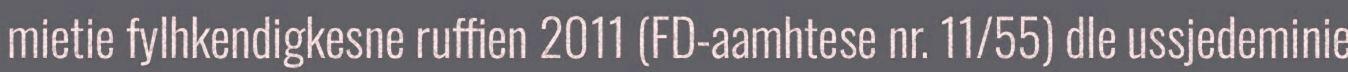
mietie fylhkendigkesne ruffien 2011 (FD-aamhtese nr. 11/55) dle ussjedeminie